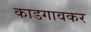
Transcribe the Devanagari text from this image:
काडगावकर